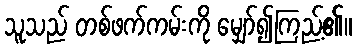
သူသည် တစ်ဖက်ကမ်းကို မျှော်၍ကြည့်၏။